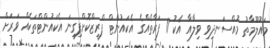
މައުލޫމާތު މުއްސަނދިވި ވިލާއާ އެކު 11 ފަރާތެއްގެ އެކައުންޓް ފްރީޒްކޮށްފިގިނަ އެކައުންޓްތަކެއް ވަރަށް